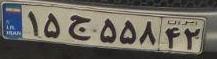
۱۵ج۵۵۸۴۲